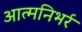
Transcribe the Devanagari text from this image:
आत्मनिभर्र